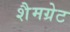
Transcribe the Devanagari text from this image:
शैमग्रेट